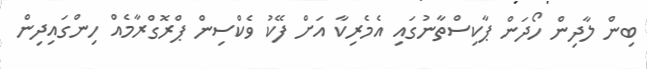
ބިން ލާދިން ހޯދަން ޕާކިސްތާނުގައި އެމެރިކާ އަށް ފޭކު ވެކްސިން ޕްރޮގްރާމެއް ހިންގައިދިން